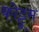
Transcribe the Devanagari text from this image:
कोट्टूम